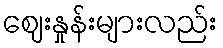
ဈေးနှုန်းများလည်း